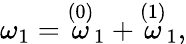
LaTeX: \omega_{1}=\stackrel{\left(0\right)}{\omega}_{1}+\stackrel{\left(1\right)}{\omega}_{1},